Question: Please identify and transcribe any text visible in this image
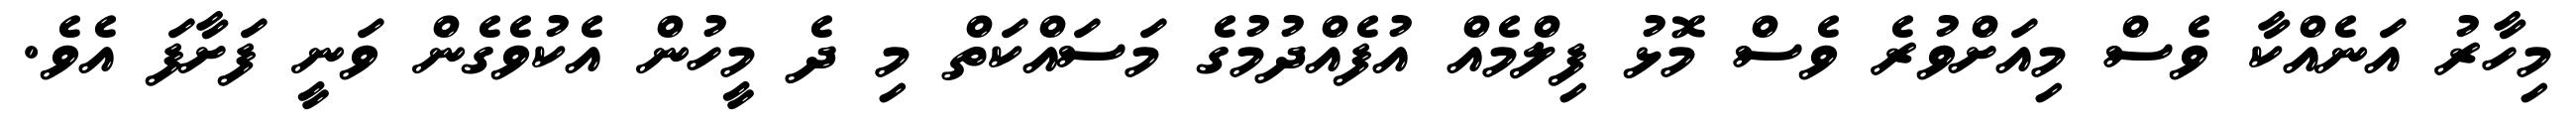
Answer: މިހާރު އަނެއްކާ ވެސް މިއަށްވުރެ ވެސް މޮޅު ފިލްމެއް އުފެއްދުމުގެ މަސައްކަތް މި ދެ މީހުން އެކުވެގެން ވަނީ ފަށާފަ އެވެ.